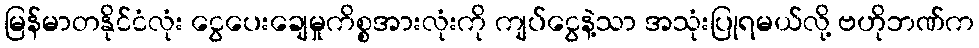
မြန်မာတနိုင်ငံလုံး ငွေပေးချေမှုကိစ္စအားလုံးကို ကျပ်ငွေနဲ့သာ အသုံးပြုရမယ်လို့ ဗဟိုဘဏ်က